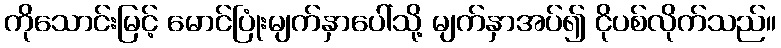
ကိုသောင်းမြင့် မောင်ပြုံးမျက်နှာပေါ်သို့ မျက်နှာအပ်၍ ငိုပစ်လိုက်သည်။